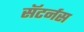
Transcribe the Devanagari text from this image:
सॅटर्नस